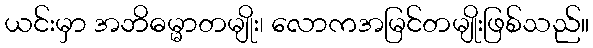
ယင်းမှာ အဘိဓမ္မာတမျိုး၊ လောကအမြင်တမျိုးဖြစ်သည်။